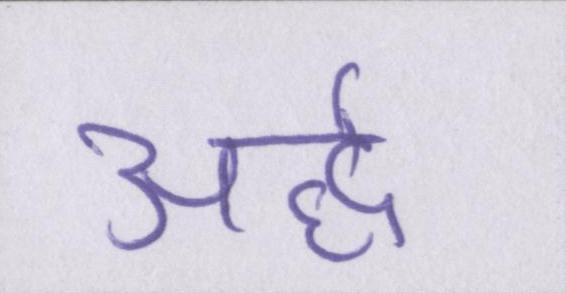
अर्द्ध